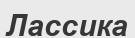
Лассика